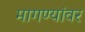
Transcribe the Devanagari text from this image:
मागण्यांवर